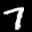
Label: 7